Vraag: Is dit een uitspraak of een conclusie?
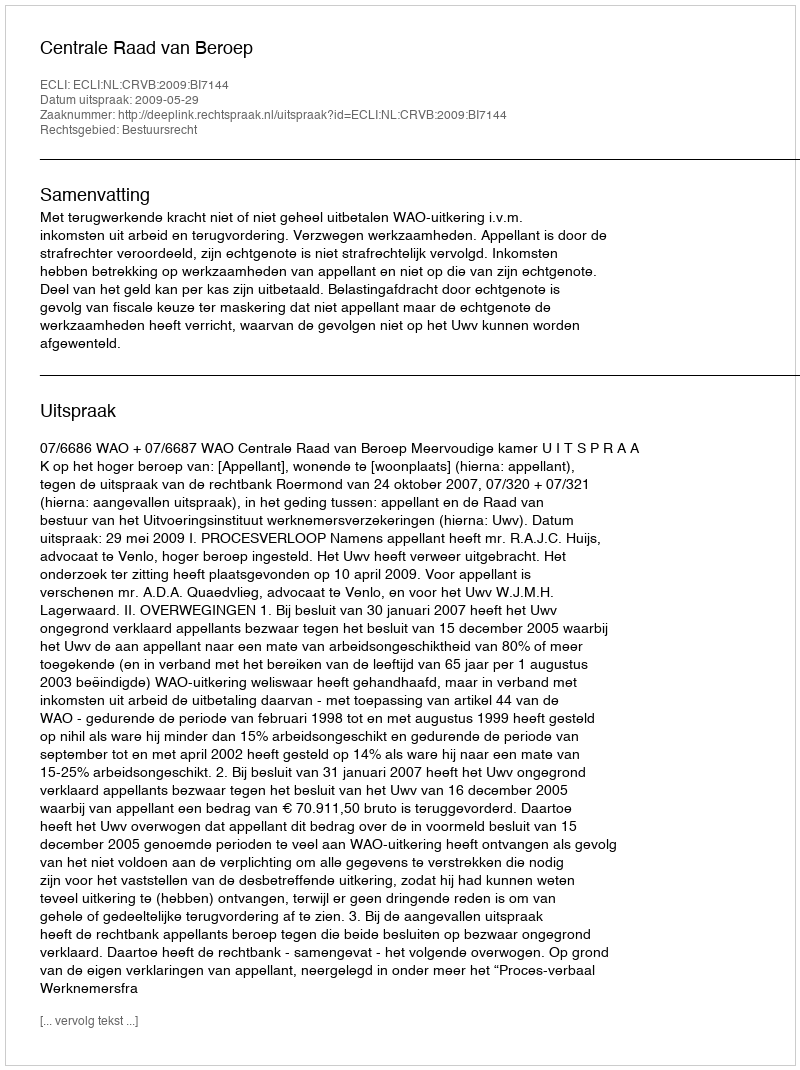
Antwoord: Uitspraak